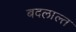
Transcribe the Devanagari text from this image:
बदलाल्त